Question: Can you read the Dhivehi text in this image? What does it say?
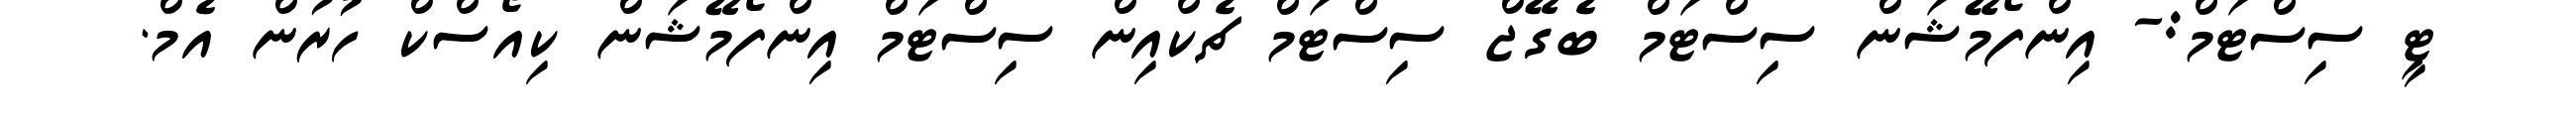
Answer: ޓީ ސިސްޓަމް:- އިންފޯމޭޝަން ސިސްޓަމް ބެގޭޖް ސިސްޓަމް ޗެކްއިން ސިސްޓަމް އިންފޯމޭޝަން ކިއޯސްކް ހުރުން އެމް.